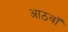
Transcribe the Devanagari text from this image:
आठवॉं